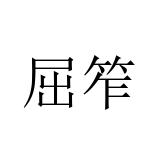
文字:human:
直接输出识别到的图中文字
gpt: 屈笮